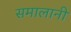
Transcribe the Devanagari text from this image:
समालानी